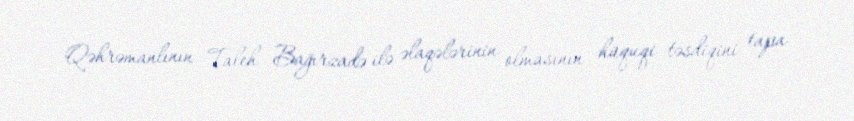
Qəhrəmanlının Taleh Bağırzadə ilə əlaqələrinin olmasının hüquqi təsdiqini tapa